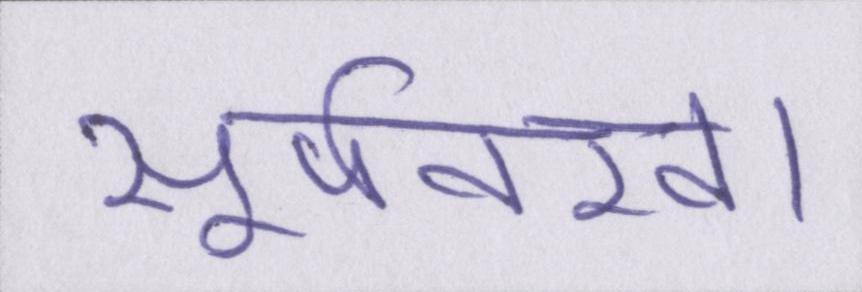
सूर्पनखा